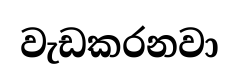
වැඩකරනවා